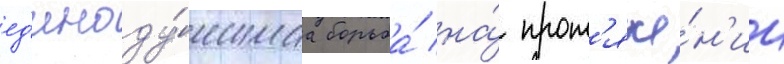
ед'иноду́шнаа борьба́ на́ прот'яже́н'ии